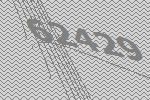
62429